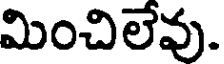
మించిలేవు.